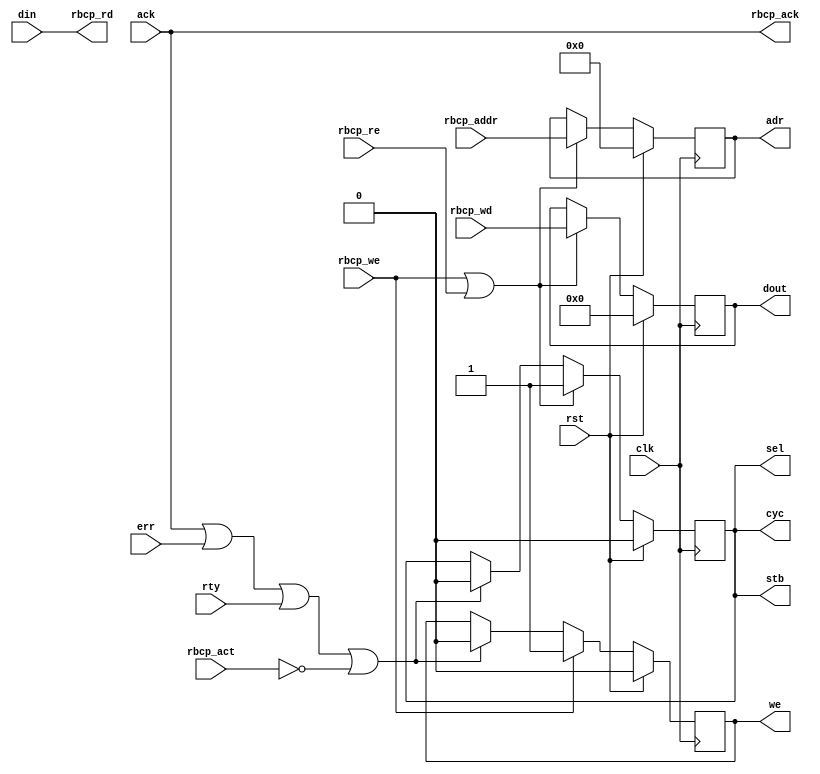
`timescale 1ns / 1ps
//////////////////////////////////////////////////////////////////////////////////
// Company:         IHEP
//
// Create Date:     
// Design Name:
// Module Name:     RBCP to WishBone converter
// Project Name:
// Target Devices:
// Tool versions:
// Description:
//
// Dependencies:
//
// Revision:
// Revision 1.0 - File verified
// Additional Comments:
//
//////////////////////////////////////////////////////////////////////////////////
module RBCP2WB (
  // system
  input           clk,      // in
  input           rst,      // in
  // RBCP
  input           rbcp_we,  // in
  input           rbcp_re,  // in
  input   [7 :0]  rbcp_wd,  // in
  input   [15:0]  rbcp_addr,// in
  input           rbcp_act,
  output  [7 :0]  rbcp_rd,  // out
  output          rbcp_ack, // out
  // Wishbone bus
  output  [15:0]  adr,      // out
  input   [7 :0]  din,      // in
  output  [7 :0]  dout,     // out
  output          cyc,      // out
  output          stb,      // out
  output          we,       // out
  output          sel,      // out
  input           ack,      // in
  input           err,      // in
  input           rty       // in
);

//  Input buffer
reg   [15:0]  irAddr;
reg   [7 :0]  irWd;
always@ (posedge clk) begin
  if(rst) begin
    irAddr <= 0;
    irWd   <= 0;
  end
  else if(rbcp_we | rbcp_re) begin
    irAddr <= rbcp_addr;
    irWd   <= rbcp_wd;
  end
end

reg           irWR;
always @(posedge clk)
  if(rst) irWR <= 0;
  else if(rbcp_we) irWR <= 1'b1;
    else if(ack | err | rty | ~rbcp_act) irWR <= 0;

reg           irCyc;
always @(posedge clk)
  if(rst) irCyc <= 0;
  else if(rbcp_we | rbcp_re) irCyc <= 1'b1;
    else if(ack | err | rty | ~rbcp_act) irCyc <= 0;

assign adr  = irAddr;
assign dout = irWd;
assign cyc  = irCyc;
assign stb  = irCyc;
assign sel  = irCyc;
assign we   = irWR;

assign rbcp_rd  = din;
assign rbcp_ack = ack;

endmodule